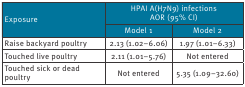
<table><thead><tr><td rowspan="2"><b> Exposure</b></td><td colspan="2"><b>HPAI A(H7N9) infectionsAOR (95% CI)</b></td></tr><tr><td><b>Model 1</b></td><td><b>Model 2</b></td></tr></thead><tbody><tr><td>Raise backyard poultry</td><td>2.13 (1.02–6.06)</td><td>1.97 (1.01–6.33)</td></tr><tr><td>Touched live poultry</td><td>2.11 (1.01–5.76)</td><td>Not entered</td></tr><tr><td>Touched sick or dead poultry</td><td>Not entered</td><td>5.35 (1.09–32.60)</td></tr></tbody></table>